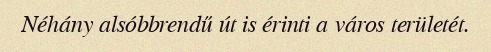
Néhány alsóbbrendű út is érinti a város területét.